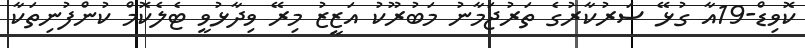
ކޮވިޑް-19އާ ގުޅޭ ސަރުކާރުގެ ތަރުޖަމާނު މަބުރޫކު އަޒީޒު މިރޭ ވިދާޅުވީ ޓެލެކޮމް ކުންފުނިތަކާ